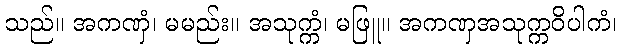
သည်။ အကဏှံ၊ မမည်း။ အသုက္ကံ၊ မဖြူ။ အကဏှအသုက္ကဝိပါကံ၊